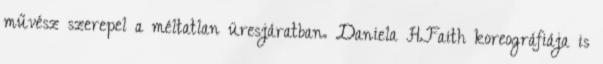
művész szerepel a méltatlan üresjáratban. Daniela H.Faith koreográfiája is